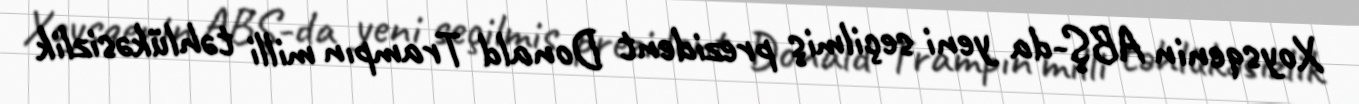
Xoysqenin ABŞ-da yeni seçilmiş prezident Donald Trampın milli təhlükəsizlik